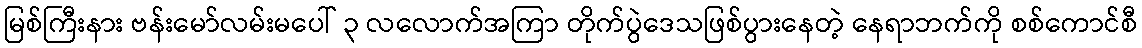
မြစ်ကြီးနား ဗန်းမော်လမ်းမပေါ် ၃ လလောက်အကြာ တိုက်ပွဲဒေသဖြစ်ပွားနေတဲ့ နေရာဘက်ကို စစ်ကောင်စီ